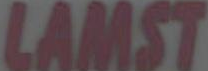
LAMST